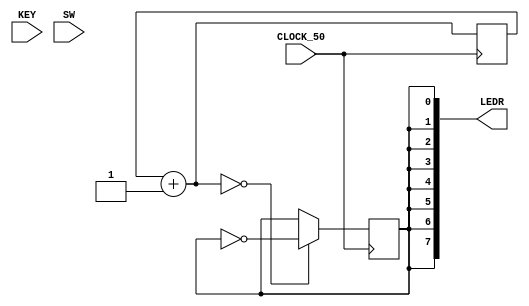

module pisca_leds(
	input CLOCK_50,
	input [3:0] KEY,
	input [9:0] SW,
	output [7:0] LEDR
	
);
reg [23:0] contador = 0;
reg l = 0;

assign LEDR[0] = l;
assign LEDR[1] = l;
assign LEDR[2] = l;
assign LEDR[3] = l;
assign LEDR[4] = l;
assign LEDR[5] = l;
assign LEDR[6] = l;
assign LEDR[7] = l;


always @(posedge CLOCK_50) begin
 contador = contador + 1;
 if(contador == 0) begin
	l = ~l;
	end
end	
endmodule